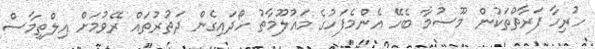
ހުރިހާ ފަރާތްތަކުން މޫސުމާ ބެހޭ އެންމެފަހުގެ މައުލޫމާތު ހޯދައިގެން ދަތުރުތައް ރޭވުމަށް އިލްތިމާސް